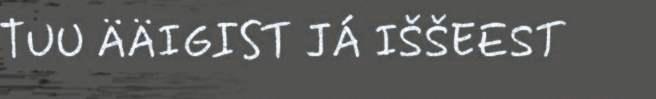
TUU ÄÄIGIST JÁ IŠŠEEST